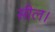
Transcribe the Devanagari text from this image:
सील।